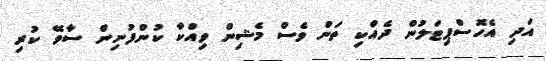
އަދި އެހޮސްޕިޓަލުން ދެއްކި ތަން ވެސް މެޝިން ވިއްކާ ކުންފުނިން ސާވޭ ކުރި